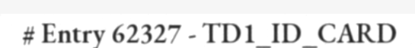
# Entry 62327 - TD1_ID_CARD